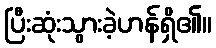
ပြီးဆုံးသွားခဲ့ဟန်ရှိ၏။